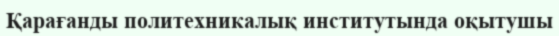
Қарағанды политехникалық институтында оқытушы